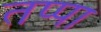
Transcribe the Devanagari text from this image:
तप्पा